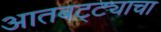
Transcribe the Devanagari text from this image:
आतबट्ट्याचा